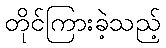
တိုင်ကြားခဲ့သည့်